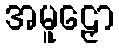
အမူဠှော